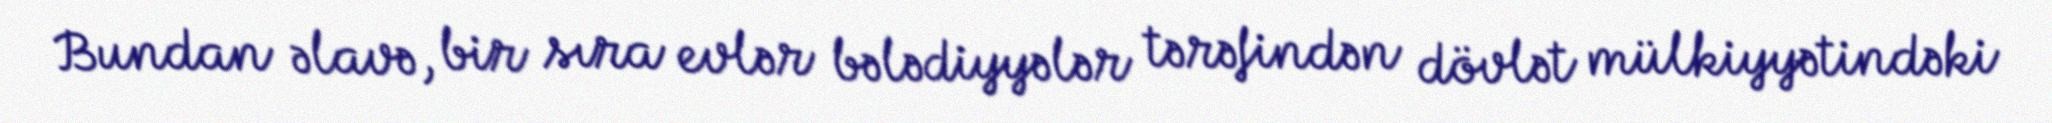
Bundan əlavə, bir sıra evlər bələdiyyələr tərəfindən dövlət mülkiyyətindəki